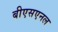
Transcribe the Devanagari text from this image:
बीएसएनल